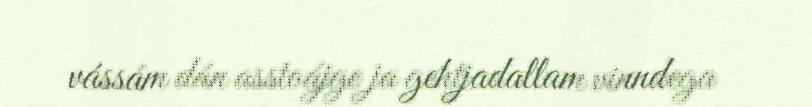
vássám dán asstoájge ja gehtjadallam vinndega